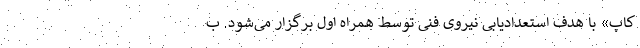
کاپ» با هدف استعدادیابی نیروی فنی توسط همراه اول برگزار می‌شود. ب